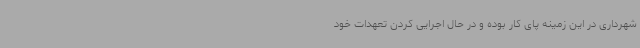
شهرداری در این زمینه پای کار بوده و در حال اجرایی کردن تعهدات خود